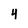
Character: 4